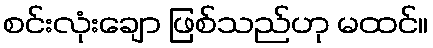
စင်းလုံးချော ဖြစ်သည်ဟု မထင်။